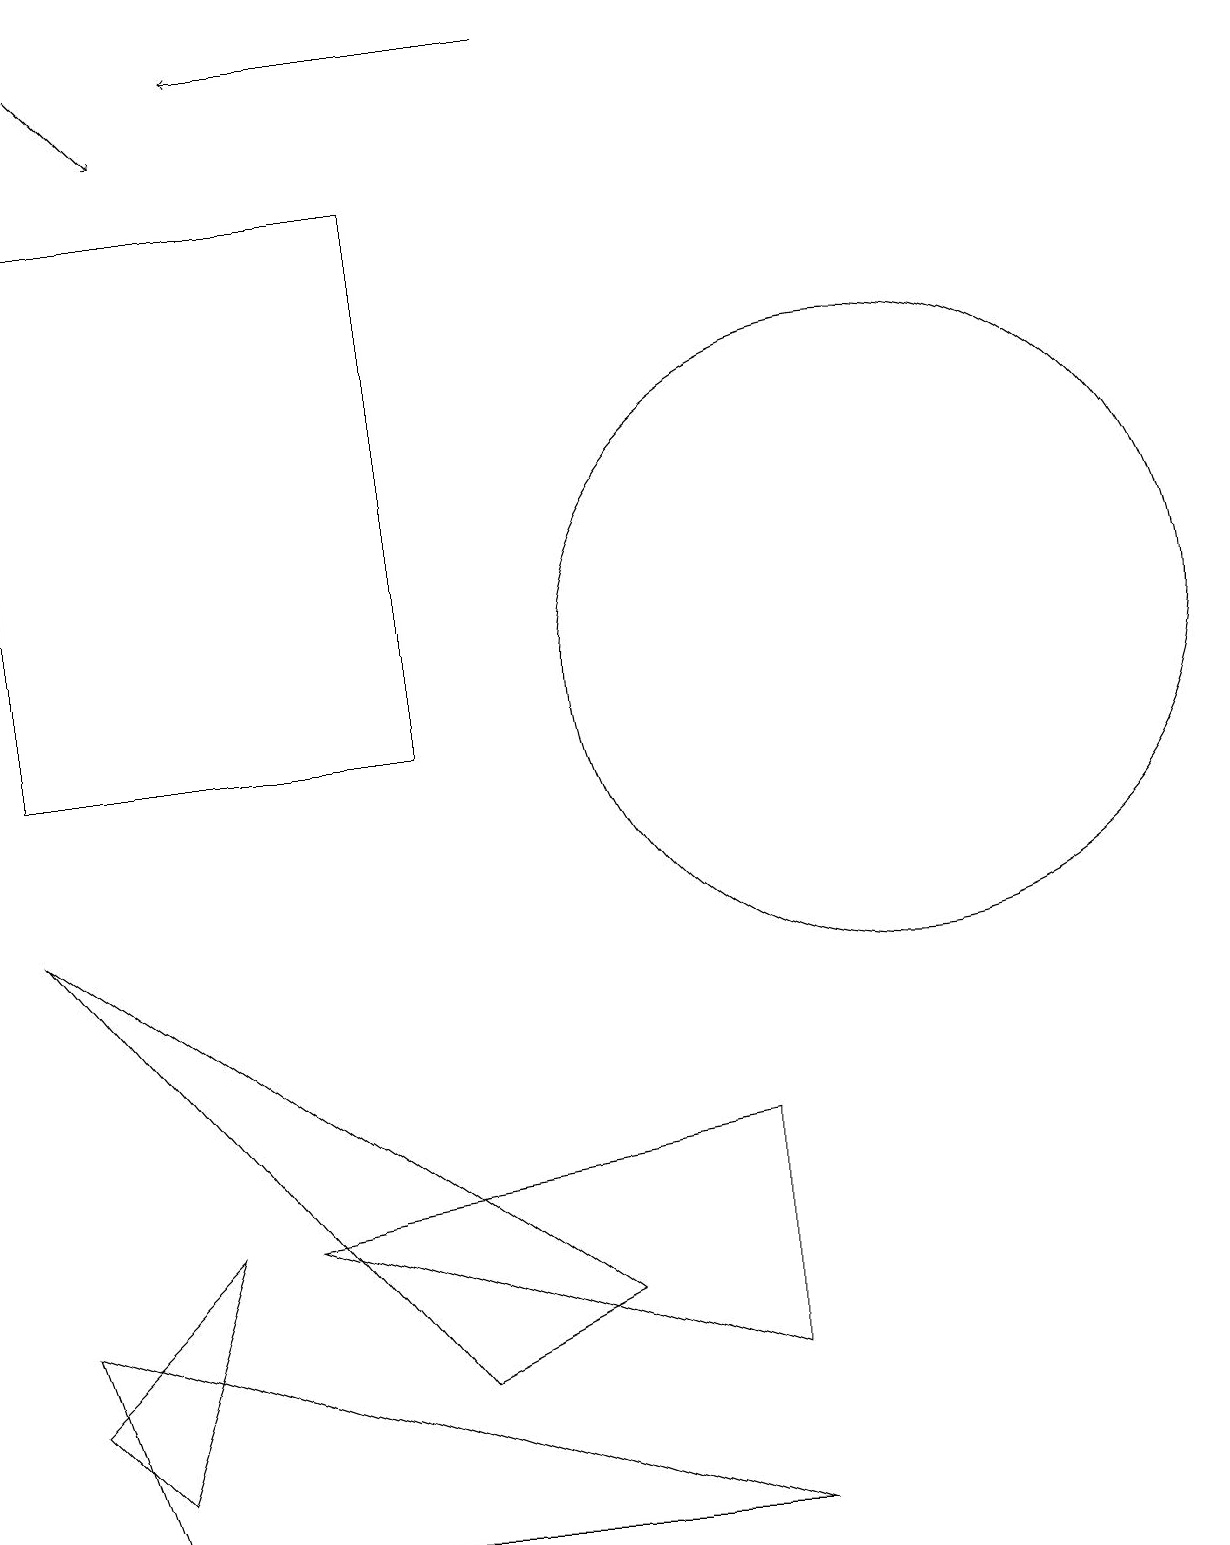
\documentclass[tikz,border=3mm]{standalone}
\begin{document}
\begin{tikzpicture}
\draw (0,3) -- (1,0) -- (9,0) -- cycle;
\draw[->] (1,19) -- (2,18);
\draw (11,11) circle (4);
\draw (0,17) rectangle (5,10);
\draw (1,1) -- (0,2) -- (2,4) -- cycle;
\draw[->] (7,19) -- (3,19);
\draw (9,5) -- (9,2) -- (3,4) -- cycle;
\draw (0,8) -- (7,3) -- (5,2) -- cycle;
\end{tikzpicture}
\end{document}